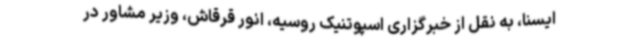
ایسنا، به نقل از خبرگزاری اسپوتنیک روسیه، انور قرقاش، وزیر مشاور در